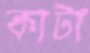
কাটা